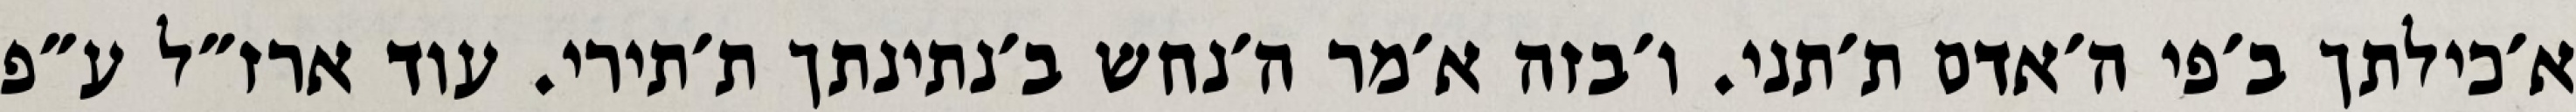
א׳כילתך ב׳פי ה׳אדם ת׳תני. ו׳בזה א׳מר ה׳נחש ב׳נתינתך ת׳תירי. עוד ארז״ל ע״פ